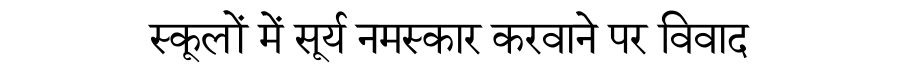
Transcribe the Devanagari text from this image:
स्कूलों में सूर्य नमस्कार करवाने पर विवाद